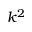
k ^ { 2 }